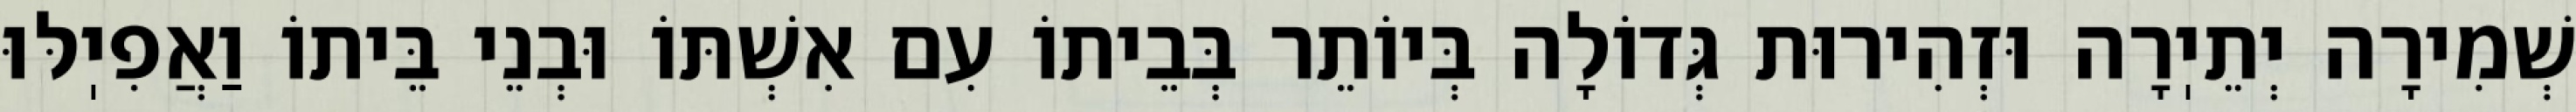
שְׁמִירָה יְתֵיֽרָה וּזְהִירוּת גְּדוֹלָה בְּיוֹתֵר בְּבֵיתוֹ עִם אִשְׁתּוֹ וּבְנֵי בֵּיתוֹ וַאֲפִיֽלּוּ